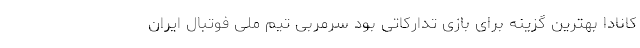
کانادا بهترین گزینه برای بازی تدارکاتی بود سرمربی تیم ملی فوتبال ایران